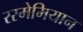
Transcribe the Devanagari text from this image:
रस्मेमियान